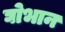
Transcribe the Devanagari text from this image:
घोभान